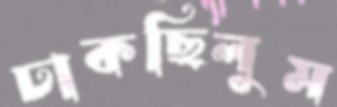
ঢাকছিলুম